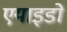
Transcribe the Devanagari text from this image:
एयाइडो